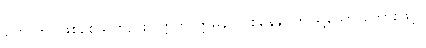
ဟောတု၊ ဖြစ်စေသတည်း။ ဣတိ ဣမိနာ ဝစနေန၊ ဤသို့သော စကားဖြင့်။